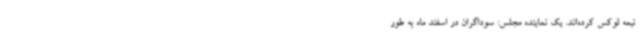
نیمه لوکس کرده‌اند. یک نماینده مجلس: سوداگران در اسفند ماه به طور